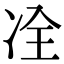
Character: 㓌